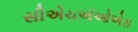
સીએચએઓએસ